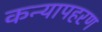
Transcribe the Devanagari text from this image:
कन्यापहरण